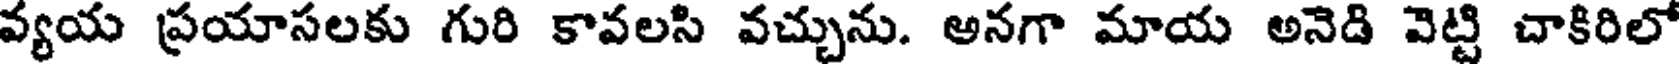
వ్యయ ప్రయాసలకు గురి కావలసి వచ్చును. అనగా మాయ అనెడి వెట్టి చాకిరిలో